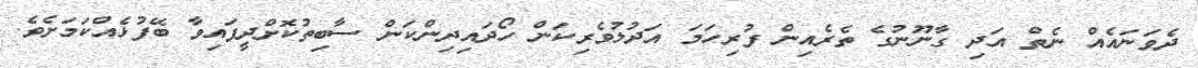
ދެވަނައެއް ނެތް އަދި ގާނޫނުގެ ތެރެއިން ފުރިހަމަ އަދުލުވެރިކަން ހޯދައިދިންކަން ސާބިތުކޮށްދީފައިވާ ބޭފުޅެއްކަމަށެވެ.